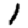
Digit: 1